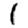
Digit: 1